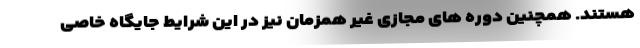
هستند. همچنین دوره های مجازی غیر همزمان نیز در این شرایط جایگاه خاصی